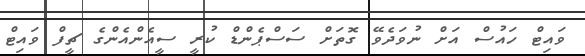
ވައިޓް ހައުސް އަށް ނުވަދެވޭ ގޮތަށް ސަސްޕެންޑް ކުރީ ސީއެންއެންގެ ޗީފް ވައިޓް